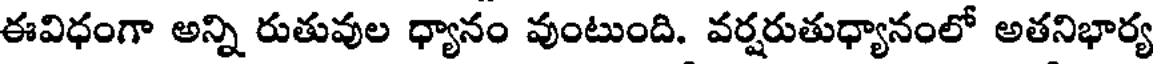
ఈవిధంగా అన్ని రుతువుల ధ్యానం వుంటుంది. వర్షరుతుధ్యానంలో అతనిభార్య